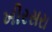
ખીરસરા